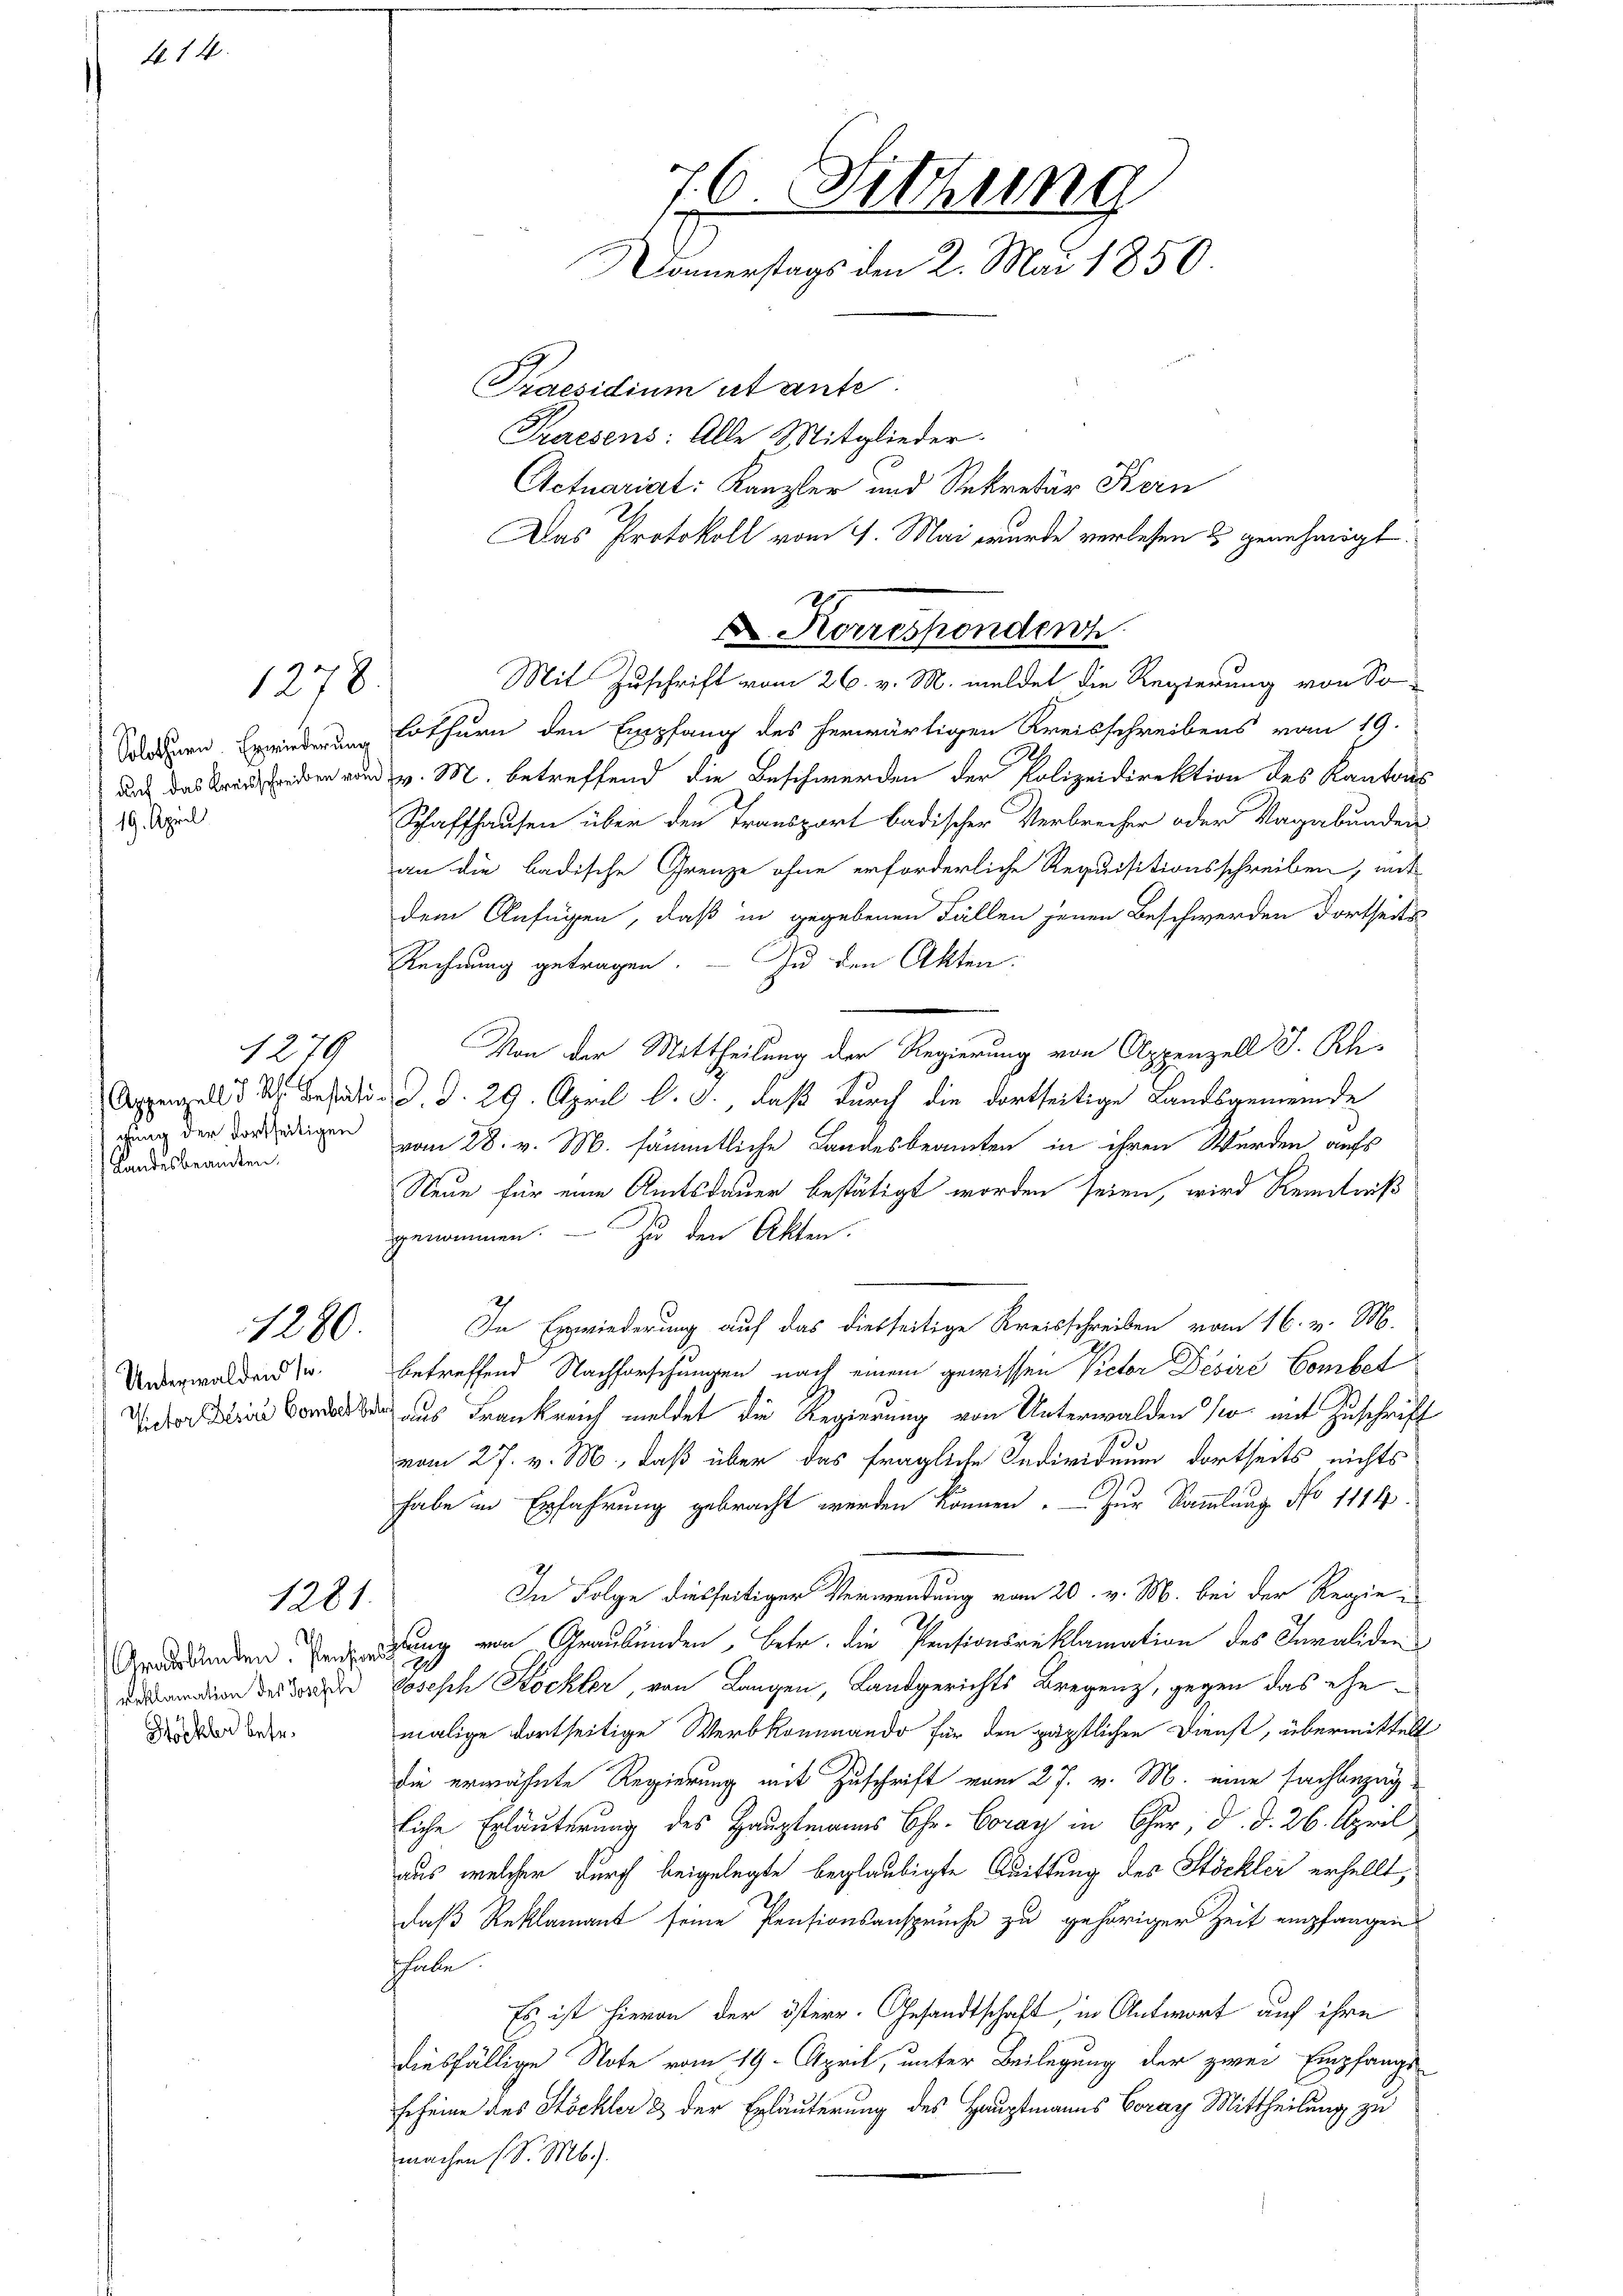
N 14.

Solothurn. Erwiederung
auf das Kreisschreiben von d
 19. April

1279
Appenzell d. Rh. bestäti
igung der dortseitigen
Landesbeamten.

Unterwalden se
Victor Besin Comber k.

n
reklamation des Joseph
Skler betr.

1278.

1280.

1281

Lothurn den Empfang des herwärtigen Kreisschreibens vom 19.
v. M. betreffend die Beschwerden der Polizeidirektion des Kantons
Schaffhausen über den Transport badischer Verbrecher oder Vagabunden
an die badische Grenze ohne erforderliche Requisitionsschreiben, mit
dem Anfügen, daß in gegebenen Fällen jenen Beschwerden dortseits
Rechnung getragen. — Zu den Akten
Von der Mittheilung der Regierung von Appenzell I. Rh.
dd. d. 29. April l. J. daß durch die dortseitige Landsgemeinde
vom 28. v. M. sämmtliche Landesbeamten in ihren Wurden aufs
Neue für eine Amtsdauer bestätigt worden seien, wird Kenntniß
genommen. — Zu den Akten.
In Erwiederung auf das diesseitige Kreisschreiben vom 16. v. M.
betreffend Nachforschungen nach einem gewissen Pector Désire Combet
das aus Frankreich meldet die Regierung von Unterwalden so mit Zuschrift
vom 27. v. M., daß über das fragliche Individuum dortseits nichts
habe in Erfahrung gebracht werden können. Zur Sammlung No 1114.
In Folge diesseitiger Verwendung vom 20. v. M. bei der Regie¬
2.
Groddenden. Einrichtung von Graubünden Betr. die Pensionsreklamation des Invaliden
Joseph Köckler, von Langen, Landgerichts Bregenz, gegen das ehemalige dortseitige Werbkommando für den päpstlichen Dienst, übermittelt
die erwähnte Regierung mit Zuschrift vom 27. v. M. eine fachbezügliche Erläuterung des Hauptmanns Chr. Coray in Chur, d. d. 26. April
aus, welcher durch beigelegte beglaubigte Quittung des Stöckler erhellt,
daß Reklamant seine Pensionsanspruche zu gehöriger Zeit empfangen
Thale.
Es ist hievon der österr. Gesandtschaft, in Antwort auf ihre
diesfällige Note vom 19. April, unter Beilegung der zwei Empfangs
Frheine des Stöckler & der Erläuterung des Hauptmanns Coray Mittheilung zu
machen (S. Mb.).

76. Fitzung
Donnerstags den 2. Mai 1850

Praesidium utante.
Preresens: Alle Mitglieder.
Actuariat: Kanzler und Rekretär Kern
Das Protokoll vom 9. Mai wurde verlesen u genehmigt.

Korresponden
Mit Zuschrift vom 26. v. M. meldet die Regierung von So